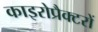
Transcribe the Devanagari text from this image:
काइरोप्रैक्टरों